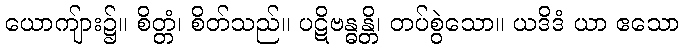
ယောကျ်ား၌။ စိတ္တံ၊ စိတ်သည်။ ပဋိဗန္ဓန္တိ၊ တပ်စွဲသော။ ယဒိဒံ ယာ ဧသော